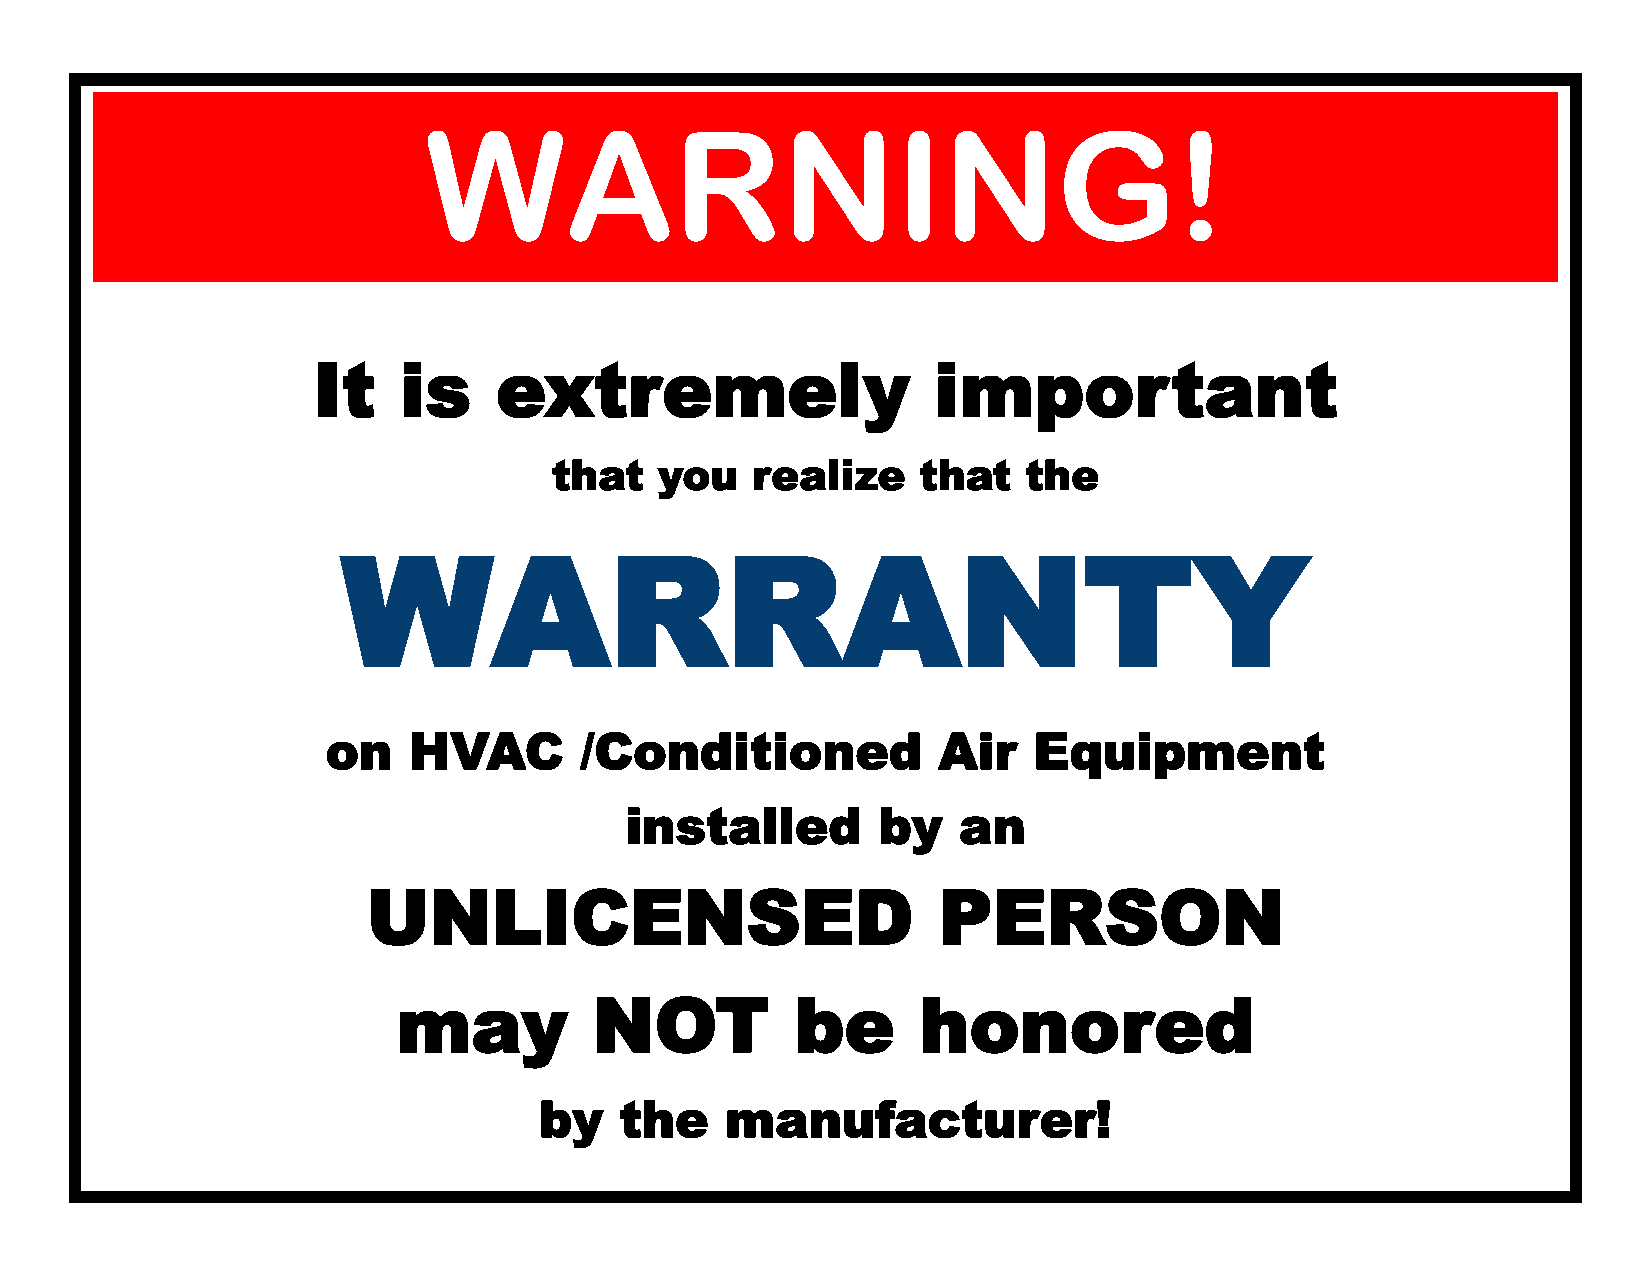
WARNING!
 It   is     extremely                    important
 that   you   realize    that   the
 WARRANTY
 on   HVAC       /Conditioned            Air   Equipment
 installed        by   an
 UNLICENSED                            PERSON
 may          NOT           be      honored
 by   the    manufacturer!